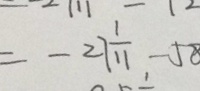
= - 2 7 \frac { 1 } { 1 1 } - 5 8